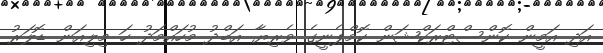
އަދި އަމީން ކޮންސްޓްރަކްޝަން ކޮމްޕެނީގެ ވެރިޔާ އަބްދު މުހައްމަދު ހަ މިލިއަން ޑޮލަރު